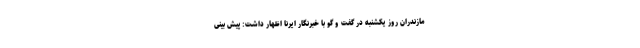
مازندران روز یکشنبه در گفت و گو با خبرنگار ایرنا اظهار داشت: پیش بینی